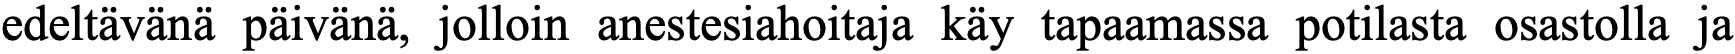
edeltävänä päivänä, jolloin anestesiahoitaja käy tapaamassa potilasta osastolla ja